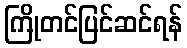
ကြိုတင်ပြင်ဆင်ရန်